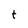
Character: t